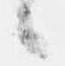
候